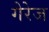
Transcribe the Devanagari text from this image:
गेरेज